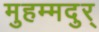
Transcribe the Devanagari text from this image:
मुहम्मदुर्